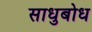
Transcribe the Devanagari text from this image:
साधुबोध